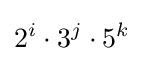
2^{i}\cdot 3^{j}\cdot 5^{k}